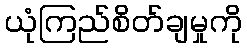
ယုံကြည်စိတ်ချမှုကို